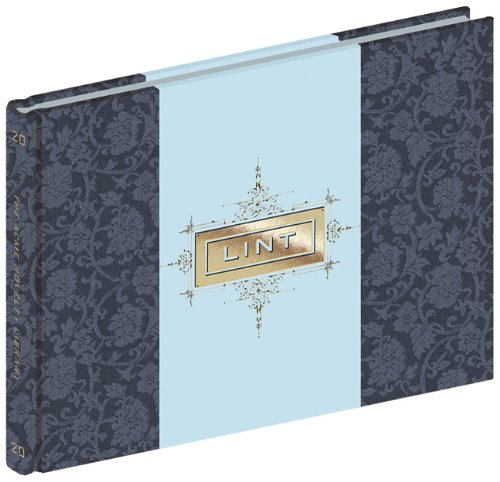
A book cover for Acme Novelty Library #20; Chris Ware; Comics & Graphic Novels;